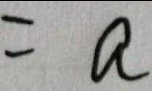
= a